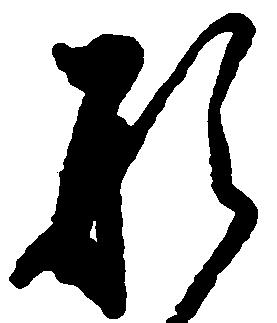
形